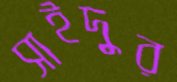
সাইদুর